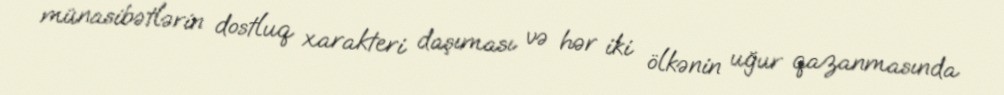
münasibətlərin dostluq xarakteri daşıması və hər iki ölkənin uğur qazanmasında